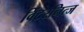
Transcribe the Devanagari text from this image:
विंटरनित्ज